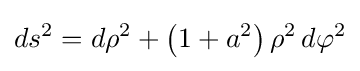
ds^{2}=d\rho ^{2}+\left(1+a^{2}\right)\rho ^{2}\,d\varphi ^{2}